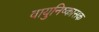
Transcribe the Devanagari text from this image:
वायुनिष्कासक